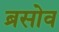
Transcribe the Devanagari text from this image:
ब्रसोव